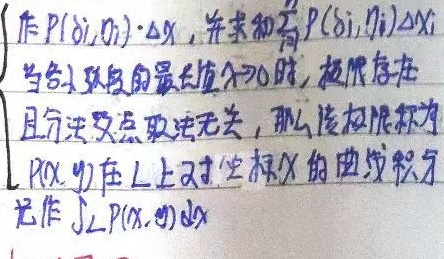
作\(P(\xi_i,\eta_i)\cdot \Delta x\)，并求和\(\sum_{i}P(\xi_i,\eta_i)\Delta x_i\)。当各小弧段的最长值\(\lambda \to 0\)时，极限存在且与分法及点的取法无关，那么该极限称为\(L\)上\(P(x,y)\)在\(L\)上对坐标\(x\)的曲线积分，记作\(\int_{L}P(x,y)dx\)